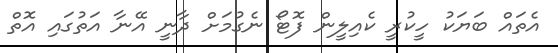
އެތައް ބަޔަކު ހީކުރީ ކެއިލީން ފޮޓޯ ނެގުމަށް ދާނީ އޭނާ އަތުގައި އޮތް